Report on the lunatic asylums under the Government of Bombay - 1904-1913
Year: 1904
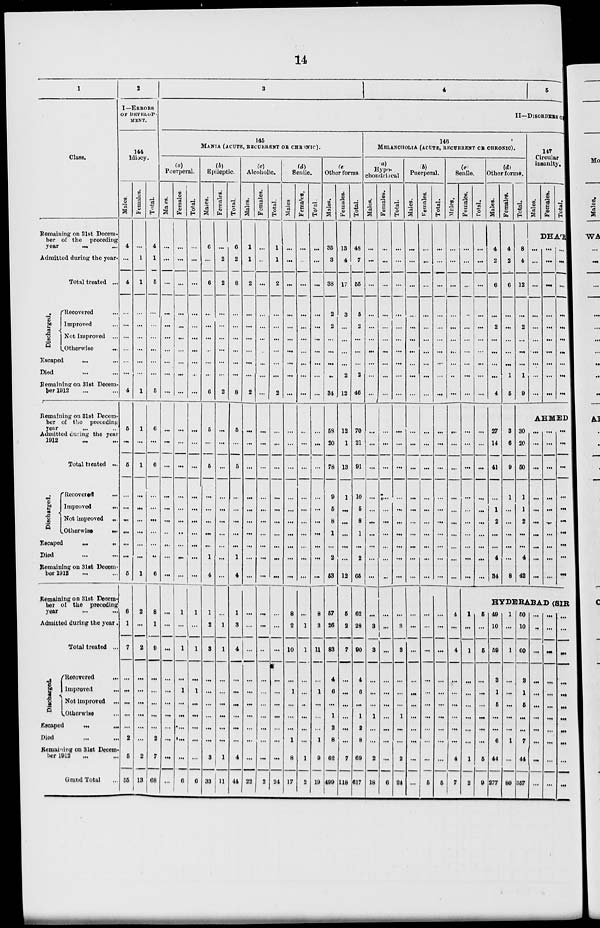
14
1
Class.
Remaining on 31st Decem-
ber of the preceding
year ... ...
Admitted during the year.
Total treated ...
Discharged.
Recovered ...
Improved ...
Not Improved ...
Otherwise
...
Escaped ... ...
Died ... ...
Remaining 31st Decem-
ber 1912 ... ...
Remaining on 31st Decem-
ber of the preceding
year
...
...
Admitted during the year
1912 ... ... ...
Total treated ...
Discharged.
Recovered ...
Improved
...
Not improved ...
Otherwise
...
Escaped
...
...
Died ... ...
Remaining on 31st Decem-
ber 1912 ... ...
Remaining on 31st Decem-
ber of the preceding
year ... ...
Admitted during the year.
Total treated ...
Discharged.
Recovered ...
Improved
...
Not Improved ...
Otherwise ...
Escaped
...
...
Died ... ...
Remaining on 31st Decem-
ber 1912 ... ...
Grand Total ...
2
I— ERRORS
OF DEVELOP-
MENT.
144
Idiocy.
Males.
4
...
4
...
...
...
...
...
...
4
5
...
5
...
...
...
...
...
...
5
6
1
7
...
...
...
...
...
2
5
55
Females.
...
1
1
...
...
...
...
...
...
1
1
...
1
...
...
...
...
...
...
1
2
...
2
...
...
...
...
...
...
2
13
Total.
4
1
5
...
...
...
...
...
...
5
6
...
6
...
...
...
...
...
..
6
8
1
9
...
...
...
...
...
2
7
68
3
4
5
II—DISORDERS ON
145
MANIA (ACUTE, RECURRENT OR CHRONIC).
(a)
Puerperal.
Males.
...
...
...
...
...
...
...
...
...
...
...
...
...
...
...
...
...
...
...
...
...
...
...
...
...
...
...
...
...
...
...
Females.
...
...
...
...
...
...
...
...
...
...
...
...
...
...
...
...
...
...
...
...
1
...
1
...
1
...
...
...
...
...
6
Total.
...
...
...
...
...
...
...
...
...
...
...
...
...
...
...
...
...
...
...
...
1
...
1
...
1
...
...
...
...
...
6
(b)
Epileptic.
Males.
6
...
6
...
...
...
...
...
...
6
5
...
5
...
...
...
...
...
1
4
1
2
3
...
...
...
...
...
...
3
33
Females.
...
2
2
...
...
...
...
...
...
2
...
...
...
...
...
...
...
...
...
...
...
1
1
...
...
...
...
...
...
1
11
Total.
6
2
8
...
...
...
...
...
...
8
5
...
5
...
...
...
...
...
1
4
1
3
4
...
...
...
...
...
...
4
44
(c)
Alcoholic.
Males.
1
1
2
...
...
...
...
...
...
2
...
...
...
...
...
...
...
...
...
...
...
...
...
...
...
...
...
...
...
...
22
Females.
...
...
...
...
...
...
...
...
...
...
...
...
...
...
...
...
...
...
...
...
...
...
...
...
...
...
...
...
...
...
2
Total.
1
1
2
...
...
...
...
...
...
2
...
...
...
...
...
...
...
...
...
...
...
...
...
...
...
...
...
...
...
...
24
(d)
Senile.
Males
...
...
...
...
...
...
...
...
...
...
...
...
...
...
...
...
...
...
...
...
8
2
10
...
1
...
...
...
1
8
17
Females.
...
...
...
...
...
...
...
...
...
...
...
...
...
...
...
...
...
...
...
...
...
1
1
...
...
...
...
...
...
1
2
Total.
...
...
...
...
...
...
...
...
...
...
...
...
...
...
...
...
...
...
...
...
8
3
11
...
1
...
...
...
1
9
19
(e)
Other forms
Males.
35
3
38
2
2
...
...
...
34
58
20
78
9
5
8
1
...
2
53
57
26
83
4
6
...
1
2
8
62
499
Females.
13
4
17
3
...
...
...
...
2
12
12
1
13
1
...
...
...
...
...
12
5
2
7
...
...
...
...
...
...
7
118
Total.
48
7
55
5
2
...
...
...
2
46
70
21
91
10
5
8
1
...
2
65
62
28
90
4
6
...
1
2
8
69
617
146
MELANCHOLIA (ACUTE, RECURRENT OR CHRONIC).
(a)
Hypo-
chondriacal
Males.
...
...
...
...
...
...
...
...
...
...
...
...
...
...
...
...
...
...
...
...
...
3
3
...
...
...
1
...
...
2
18
Females.
...
...
...
...
...
...
...
...
...
...
...
...
...
...
...
...
...
...
...
...
...
...
...
...
...
...
...
...
...
...
6
Total.
...
...
...
...
...
...
...
...
...
...
...
...
...
...
...
...
...
...
...
...
...
3
3
...
...
...
1
...
...
2
24
(b)
Puerperal.
Males.
...
...
...
...
...
...
...
...
...
...
...
...
...
...
...
...
...
...
...
...
...
...
...
...
...
...
...
...
...
...
...
Females.
...
...
...
...
...
...
...
...
...
...
...
...
...
...
...
...
...
...
...
...
...
...
...
...
...
...
...
...
...
...
5
Total.
...
...
...
...
...
...
...
...
...
...
...
...
...
...
...
...
...
...
...
...
...
...
...
...
...
...
...
...
...
...
5
(c)
Senile.
Males.
...
...
...
...
...
...
...
...
...
...
...
...
...
...
...
...
...
...
...
...
4
...
4
...
...
...
...
...
...
4
7
Females.
...
...
...
...
...
...
...
...
...
...
...
...
...
...
...
...
...
...
...
...
Total.
...
...
...
...
...
...
...
...
...
...
...
...
...
...
...
...
...
...
...
...
(d)
Other forms.
Males.
4
2
6
...
2
...
...
...
...
4
27
14
41
...
1
2
...
...
4
34
Females.
4
2
6
...
...
...
...
...
1
5
3
6
9
1
...
...
...
...
...
8
Total.
8
4
12
...
2
...
...
...
1
9
147
Circular
insanity.
Males.
Females.
Total.
DHÁR
...
...
...
...
...
...
...
...
...
...
...
...
...
...
...
...
...
...
...
...
...
...
...
...
...
...
...
...
...
...
AHMED
30
20
50
1
1
2
...
...
4
42
...
...
...
...
...
...
...
...
...
...
...
...
...
...
...
...
...
...
...
...
...
...
...
...
...
...
...
...
...
...
HYDERABAD (SIR
1
...
1
...
...
...
...
...
...
1
2
5
...
5
...
...
...
...
...
...
5
9
49
10
59
3
1
5
...
...
6
44
277
1
...
1
...
...
...
...
...
1
...
80
50
10
60
3
1
5
...
...
7
44
357
...
...
...
...
...
...
...
...
...
...
...
...
...
...
...
...
...
...
...
...
...
...
...
...
...
...
...
...
...
...
...
...
...